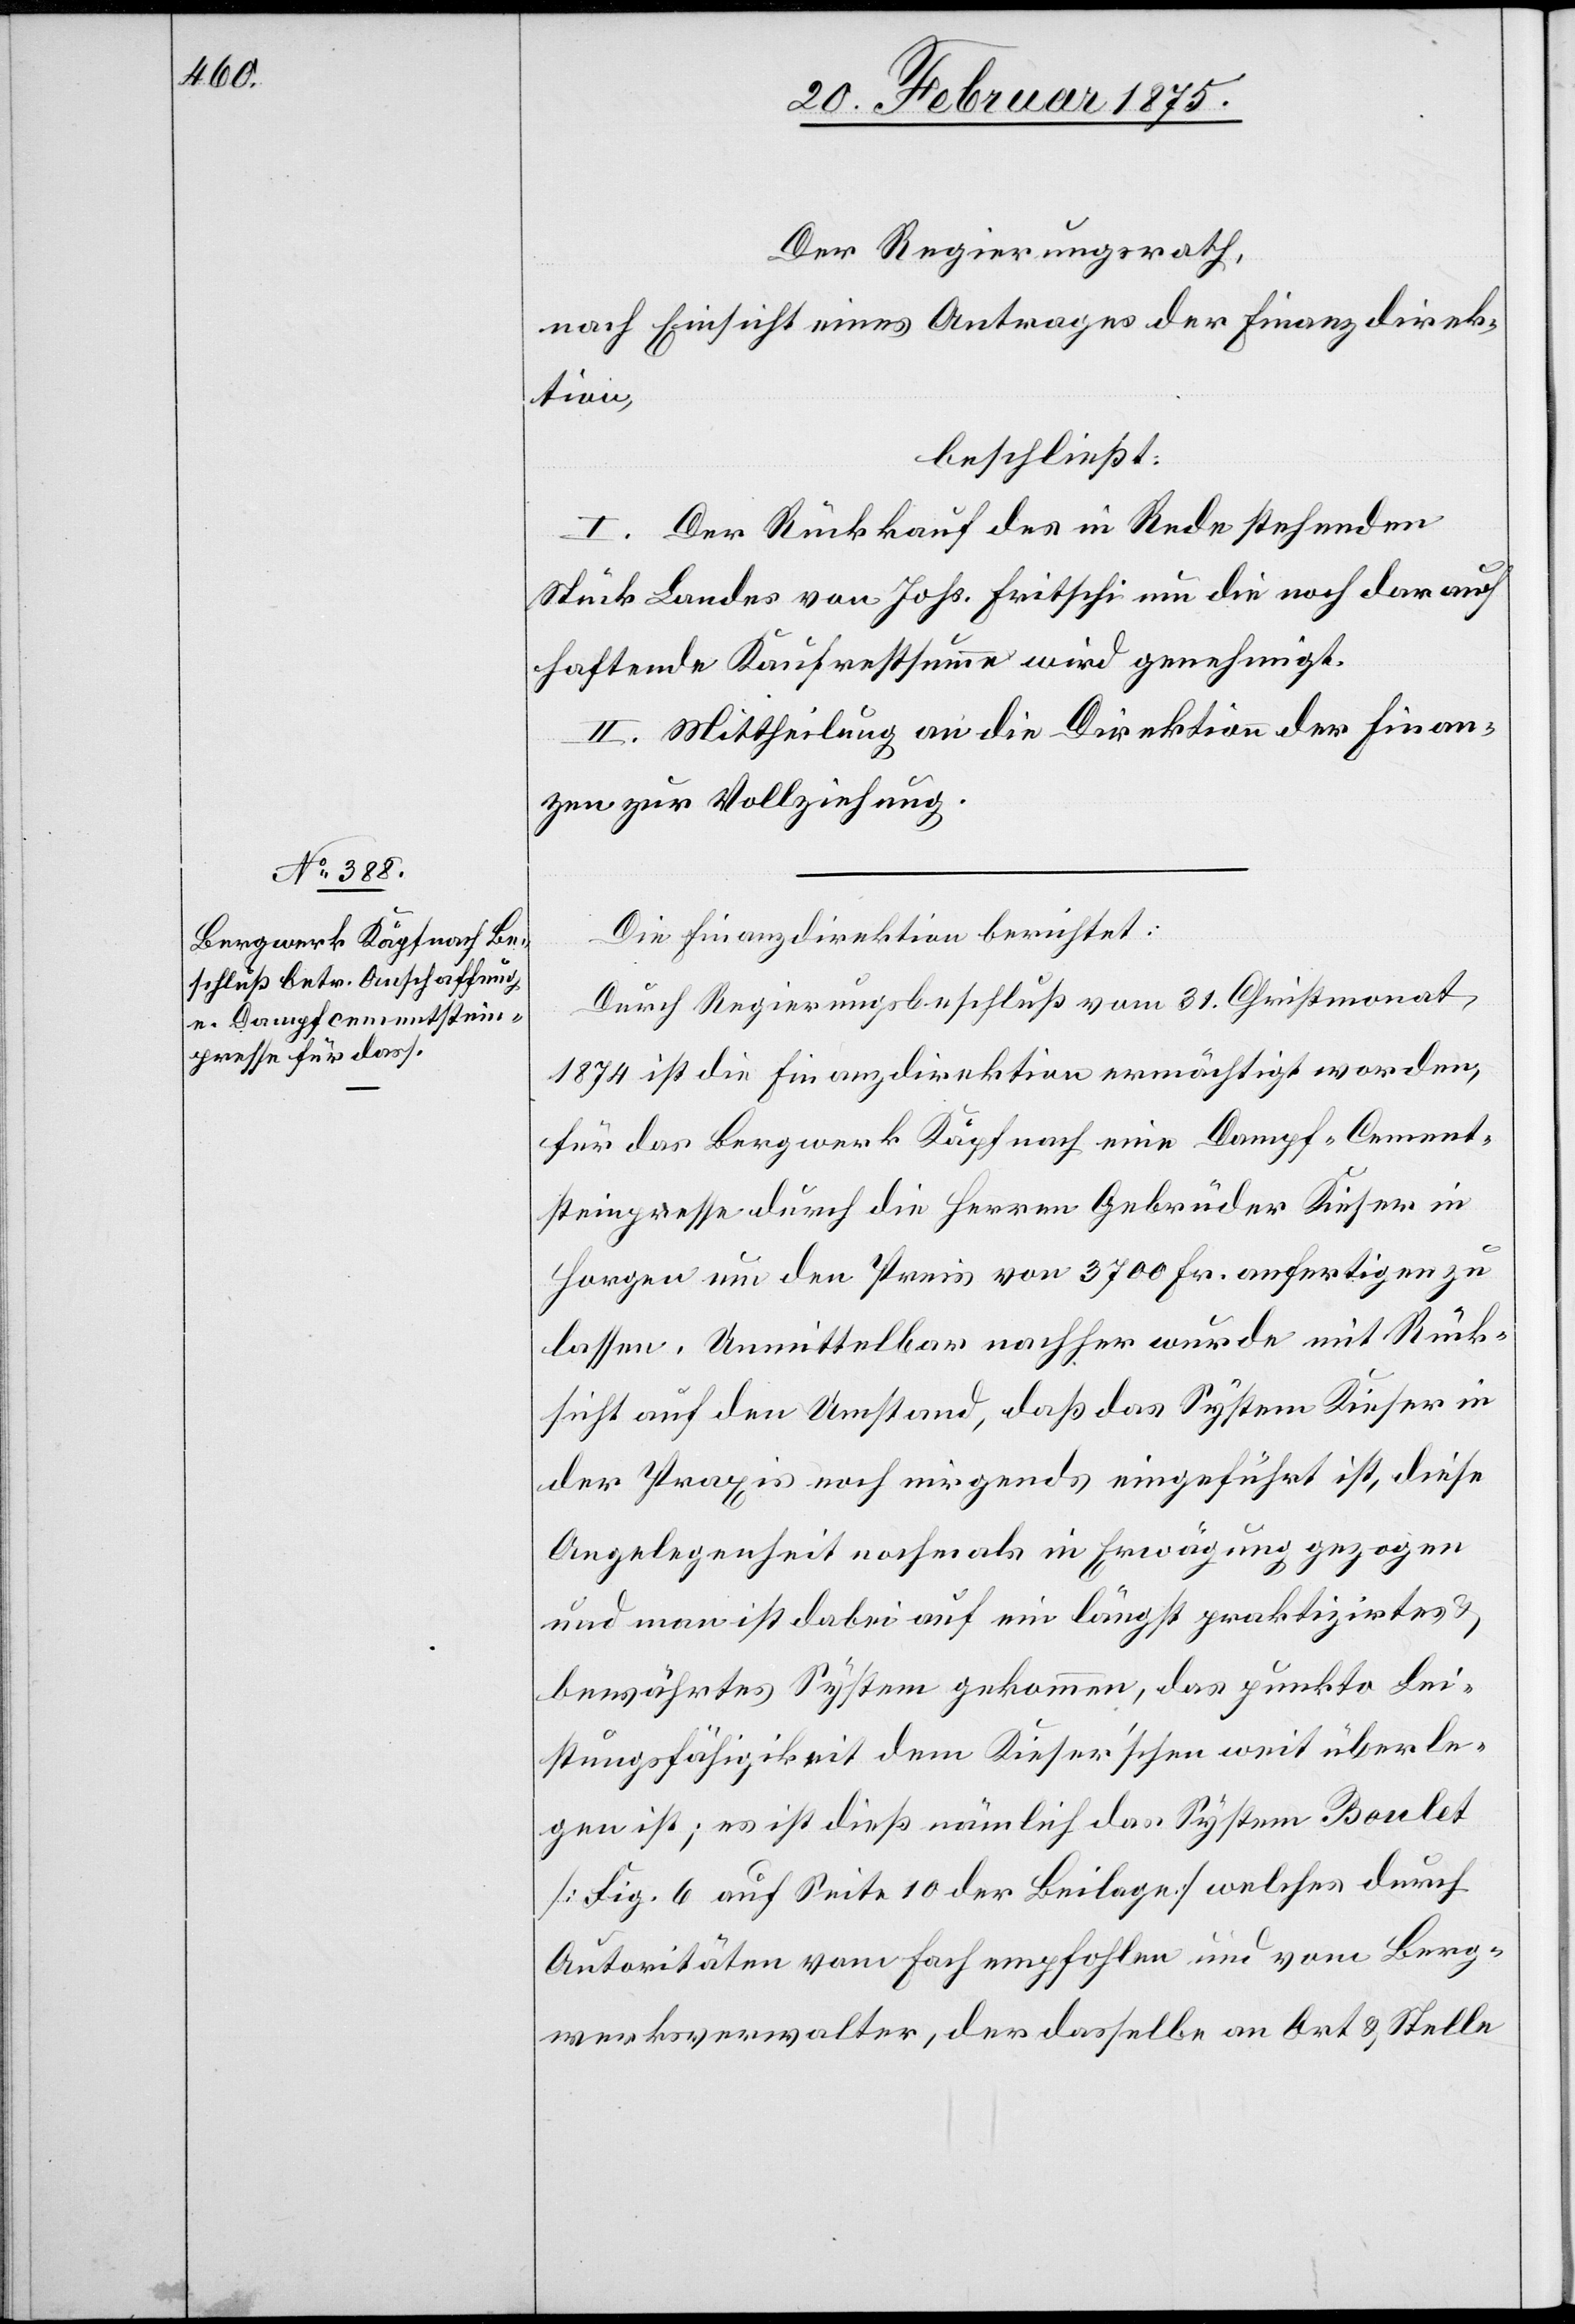
Der Regierungsrath,
nach Einsicht eines Antrages der Finanzdirek¬
tion,
beschließt:
I. Der Rückkauf des in Rede stehenden
Stück Landes von Johs. Fritschi um die noch darauf
haftende Kaufrestsumme wird genehmigt.
II. Mittheilung an die Direktion der Finan¬
zen zur Vollziehung.
Die Finanzdirektion berichtet:
Durch Regierungsbeschluß vom 31. Christmonat
1874 ist die Finanzdirektion ermächtigt worden,
für das Bergwerk Käpfnach eine Dampf-Cement¬
steinpresse durch die Herren Gebrüder Kieser in
Horgen um den Preis von 3700 Fr. anfertigen zu
lassen. Unmittelbar nachher wurde mit Rück¬
sicht auf den Umstand, daß das System Kieser in
der Praxis noch nirgends eingeführt ist, diese
Angelegenheit nochmals in Erwägung gezogen
und man ist dabei auf ein längst praktizirtes
bewährtes System gekommen, das punkto Lei¬
stungsfähigkeit dem Kieser’schen weit überle¬
gen ist; es ist dieß nämlich das System Boulet
(Fig. 6 auf Seite 10 der Beilage) welches durch
Autoritäten vom Fach empfohlen und vom Berg¬
werksverwalter, der dasselbe an Ort & Stelle